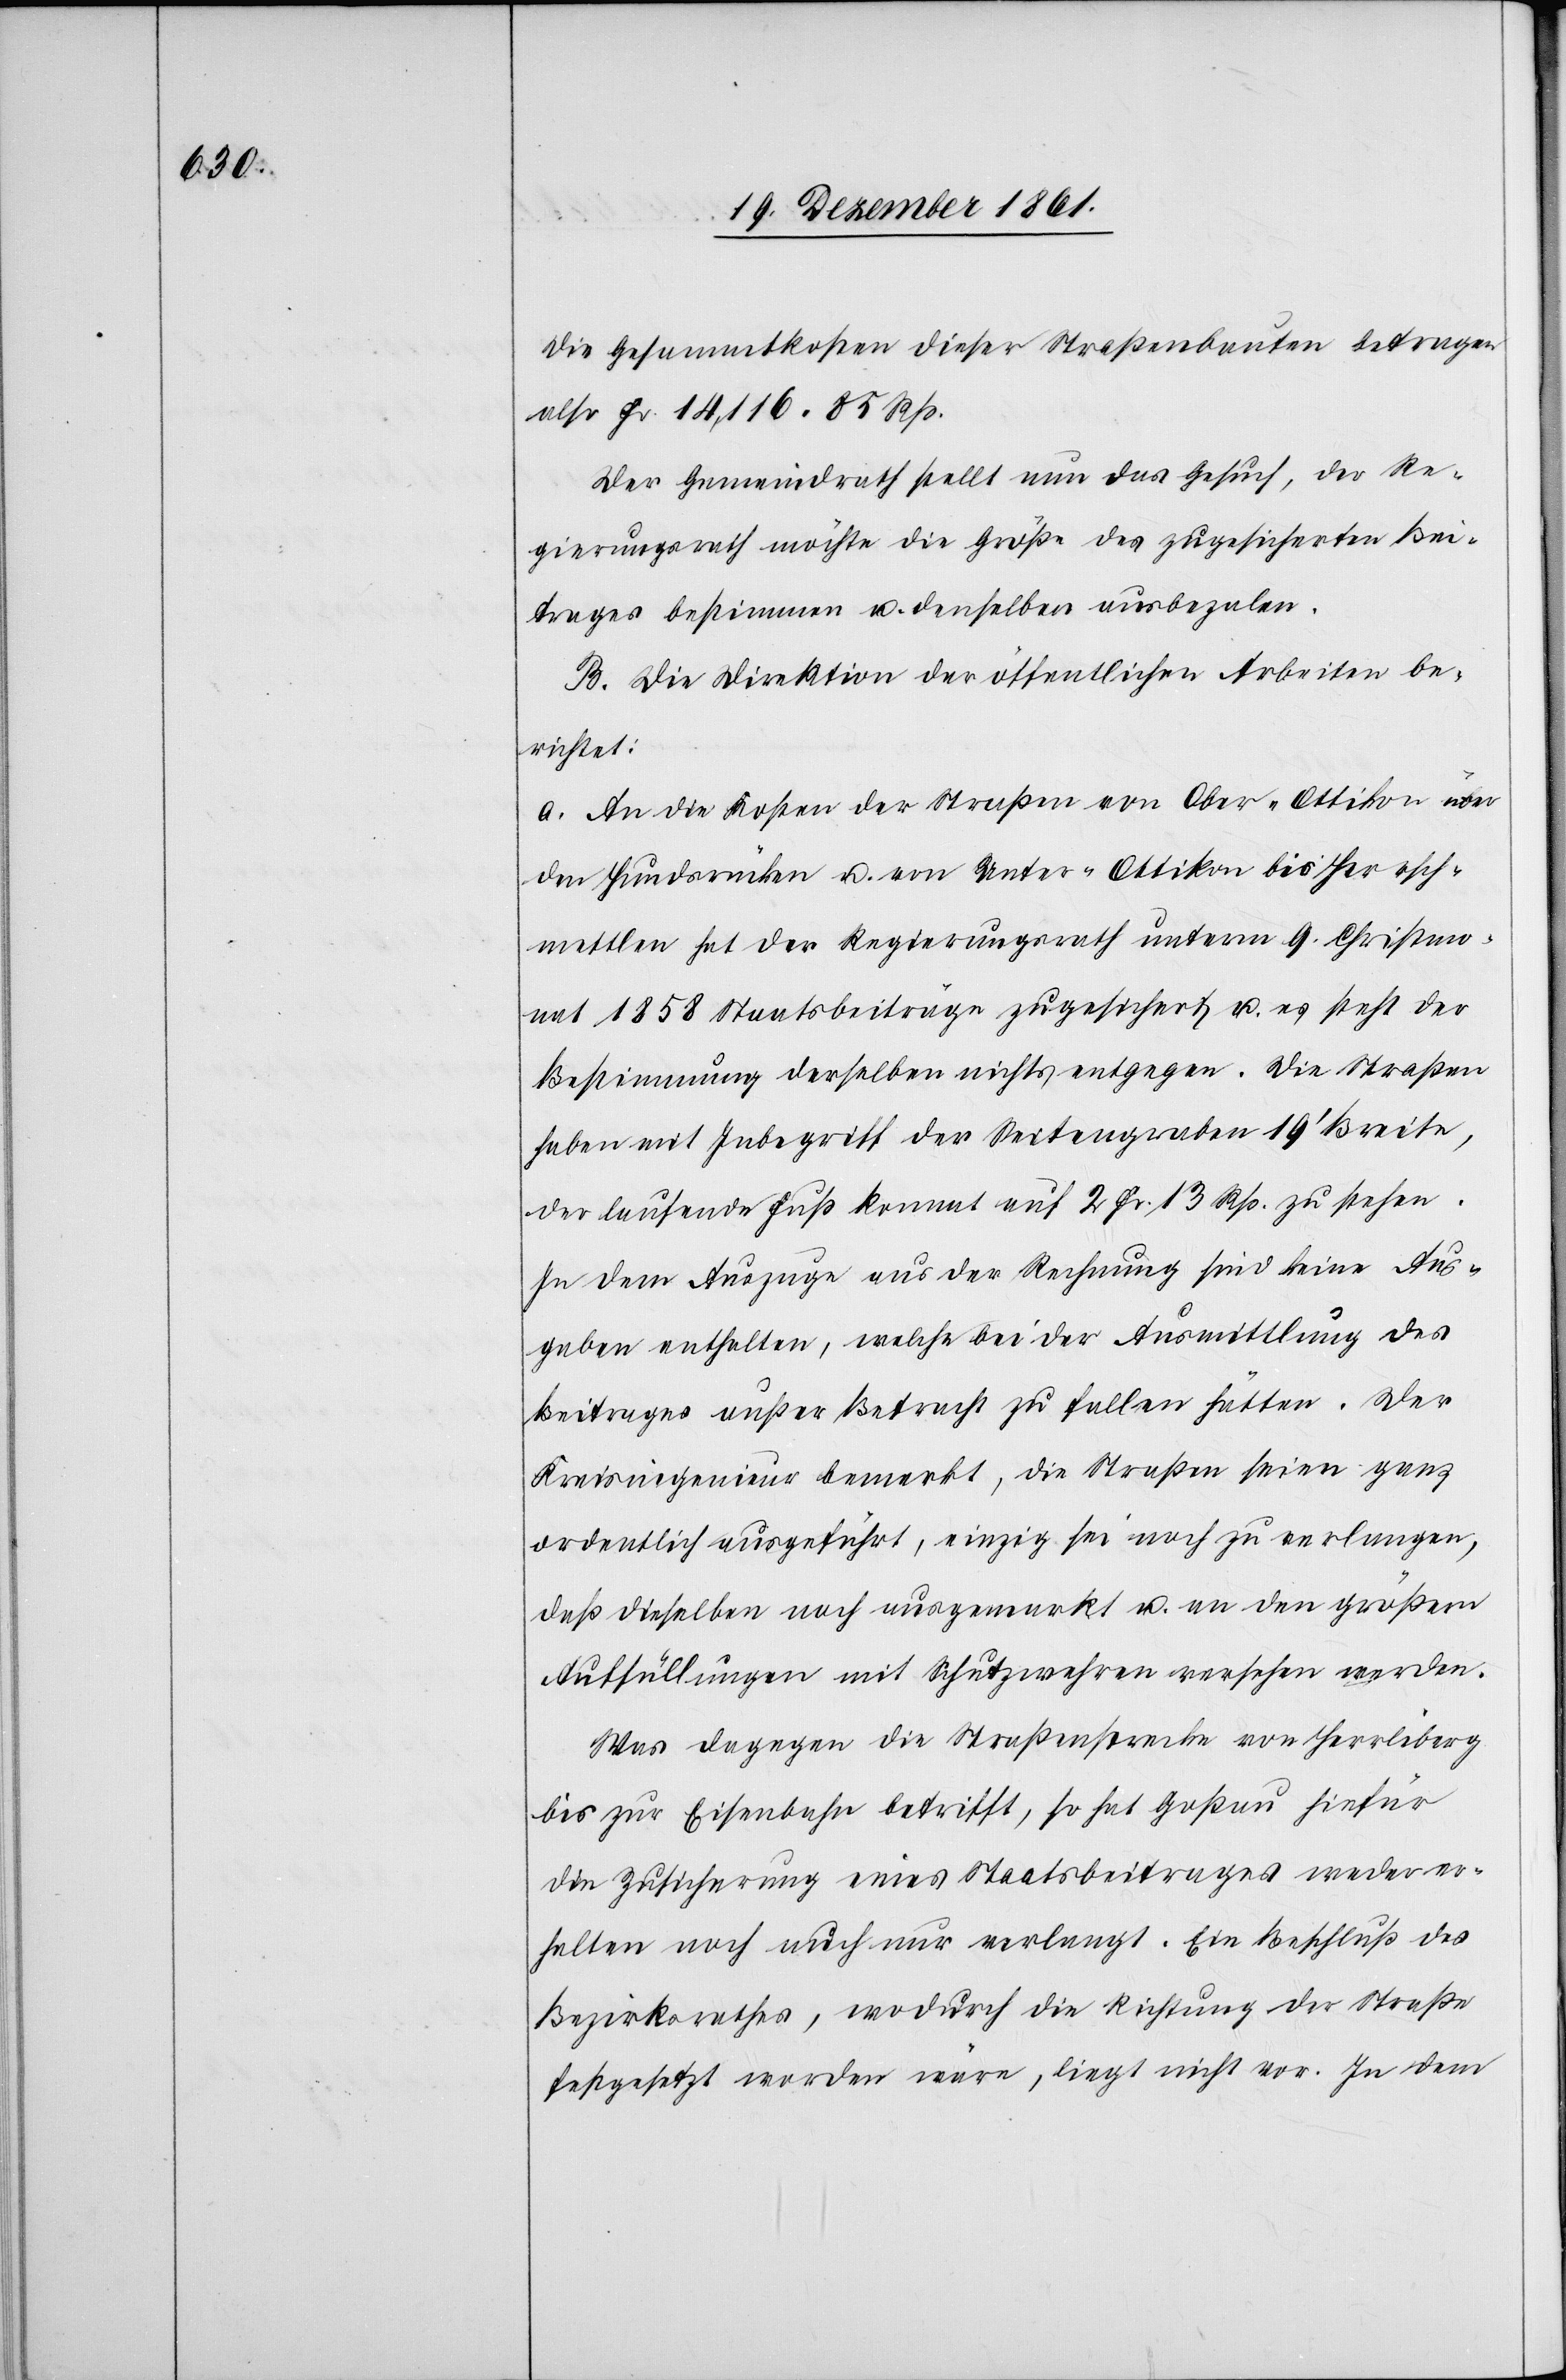
Die Gesammtkosten dieser Straßenbauten betragen
also Fr 14,116. 85 Rp.
Der Gemeindrath stellt nun das Gesuch, der Re¬
gierungsrath möchte die Größe des zugesicherten Bei¬
trages bestimmen u. denselben ausbezalen.
B. Die Direktion der öffentlichen Arbeiten be¬
richtet:
a. An die Kosten der Straßen von Ober-Ottikon über
den Hundsrücken u. von Unter-Ottikon bis Hersch¬
mettlen hat der Regierungsrath unterm 9 Christmo¬
nat 1858 Staatsbeiträge zugesichert u. es steht der
Bestimmung derselben nichts entgegen. Die Straßen
haben mit Inbegriff der Seitengraben 19’ Breite,
der laufende Fuß kommt auf 2 Fr. 13 Rp. zu stehen.
In dem Auszuge aus der Rechnung sind keine Aus¬
gaben enthalten, welche bei der Ausmittlung des
Beitrages außer Betracht zu fallen hätten. Der
Kreisingenieur bemerkt, die Straßen seien ganz
ordentlich ausgeführt, einzig sei noch zu verlangen,
daß dieselben noch ausgemarkt u. an den größern
Auffüllungen mit Schutzwehren versehen werden.
Was dagegen die Straßenstrecke von Herrliberg
bis zur Eisenbahn betrifft, so hat Goßau hiefür
die Zusicherung eines Staatsbeitrages weder er¬
halten noch auch nur verlangt. Ein Beschluß des
Bezirksrathes, wodurch die Richtung der Straße
festgesetzt worden wäre, liegt nicht vor. In dem